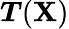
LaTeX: {\boldsymbol{T}}(\mathbf{X})